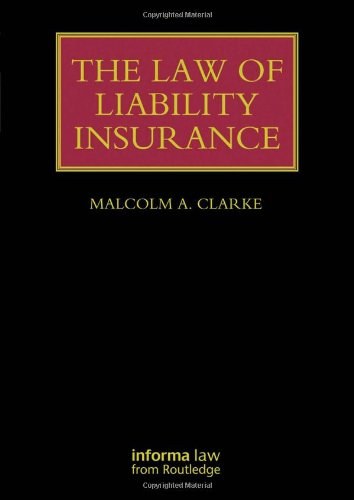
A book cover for The Law of Liability Insurance (Lloyd's Insurance Law Library); Malcolm A. Clarke; Business & Money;